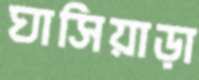
ঘাসিয়াড়া